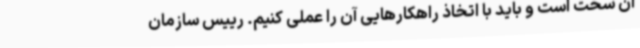
آن سخت است و باید با اتخاذ راهکارهایی آن را عملی کنیم. رییس سازمان